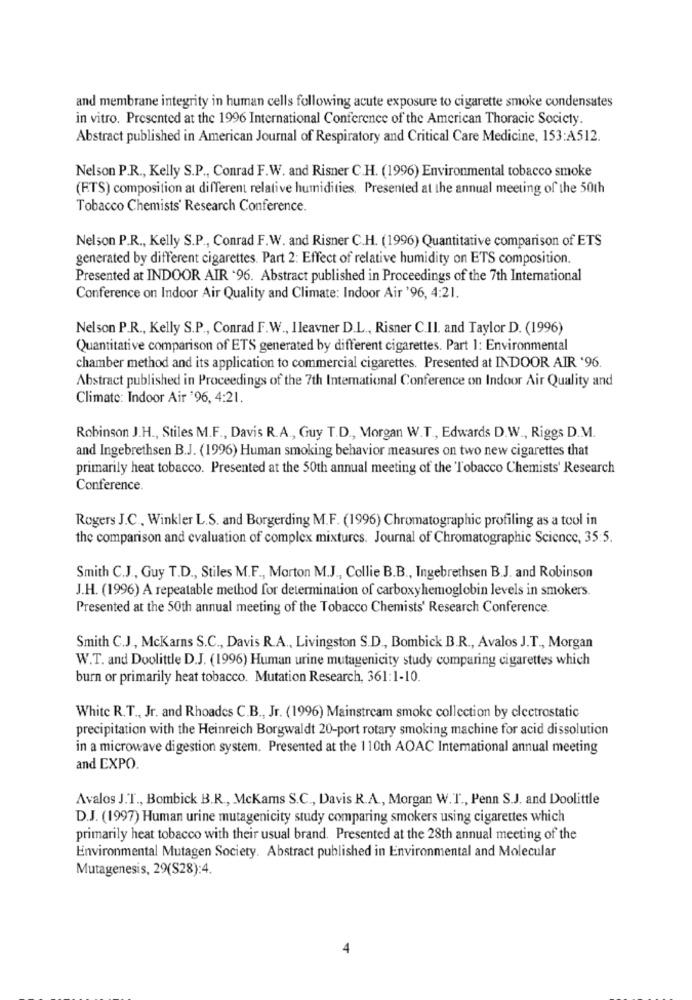
and membrane integrity in human cells following acute exposure to cigarette smoke condensates
in vitro. Presented at the 1996 International Conference of the American Thoracic Society.
Abstract published in American Journal of Respiratory and Critical Care Medicine, 153:A512.
Nelson P.R ., Kelly S.P ., Conrad F.W. and Risner C.H. (1996) Environmental tobacco smoke
(ETS) composition at different relative humidities. Presented at the annual meeting of the 50th
Tobacco Chemists' Research Conference.
Nelson P.R ., Kelly S.P ., Conrad F.W. and Risner C.H. (1996) Quantitative comparison of ETS
generated by different cigarettes. Part 2: Effect of relative humidity on ETS composition.
Presented at INDOOR AIR '96. Abstract published in Proceedings of the 7th International
Conference on Indoor Air Quality and Climate: Indoor Air '96, 4:21.
Nelson P.R ., Kelly S.P ., Conrad F.W ., Ileavner D.L ., Risner C.Il. and Taylor D. (1996)
Quantitative comparison of ETS generated by different cigarettes. Part 1: Environmental
chamber method and its application to commercial cigarettes. Presented at INDOOR AIR '96.
Abstract published in Proceedings of the 7th International Conference on Indoor Air Quality and
Climate: Indoor Air '96, 4:21.
Robinson J.H ., Stiles M.F ., Davis R.A ., Guy T.D ., Morgan W.T ., Edwards D.W ., Riggs D.M.
and Ingebrethsen B.J. (1996) Human smoking behavior measures on two new cigarettes that
primarily heat tobacco. Presented at the 50th annual meeting of the Tobacco Chemists' Research
Conference.
Rogers J.C ., Winkler L.S. and Borgerding M.F. (1996) Chromatographic profiling as a tool in
the comparison and evaluation of complex mixtures. Journal of Chromatographic Science, 35:5.
Smith C.J ., Guy T.D ., Stiles M.F ., Morton M.J ., Collie B.B ., Ingebrethsen B.J. and Robinson
J.H. (1996) A repeatable method for determination of carboxyhemoglobin levels in smokers.
Presented at the 50th annual meeting of the Tobacco Chemists' Research Conference.
Smith C.J ., McKarns S.C ., Davis R.A ., Livingston S.D ., Bombick B.R ., Avalos J.T ., Morgan
W.T. and Doolittle D.J. (1996) Human urine mutagenicity study comparing cigarettes which
burn or primarily heat tobacco. Mutation Research, 361:1-10.
White R.T ., Jr. and Rhoades C.B ., Jr. (1996) Mainstream smoke collection by electrostatic
precipitation with the Heinreich Borgwaldt 20-port rotary smoking machine for acid dissolution
in a microwave digestion system. Presented at the 110th AOAC International annual meeting
and EXPO.
Avalos J.T ., Bombick B.R ., McKams S.C ., Davis R.A ., Morgan W.T ., Penn S.J. and Doolittle
D.J. (1997) Human urine mutagenicity study comparing smokers using cigarettes which
primarily heat tobacco with their usual brand. Presented at the 28th annual meeting of the
Environmental Mutagen Society. Abstract published in Environmental and Molecular
Mutagenesis, 29(S28):4.